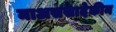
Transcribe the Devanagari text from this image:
माअससादेकीन